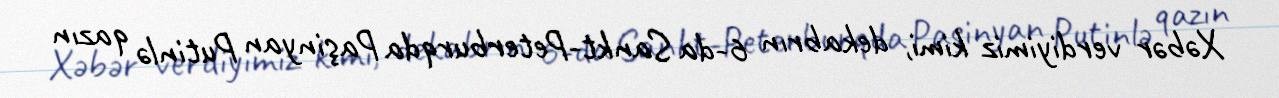
Xəbər verdiyimiz kimi, dekabrın 6-da Sankt-Peterburqda Paşinyan Putinlə qazın